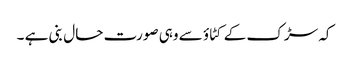
کہ سڑک کے کٹاؤ سے وہی صورت حال بنی ہے ۔